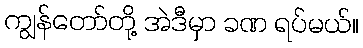
ကျွန်တော်တို့ အဲဒီမှာ ခဏ ရပ်မယ်။